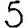
Digit: 5